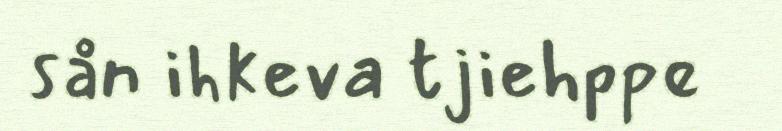
sån ihkeva tjiehppe